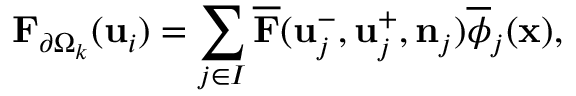
\mathbf { F } _ { \partial \Omega _ { k } } ( \mathbf { u } _ { i } ) = \sum _ { j \in I } \overline { { \mathbf { F } } } ( \mathbf { u } _ { j } ^ { - } , \mathbf { u } _ { j } ^ { + } , \mathbf { n } _ { j } ) \overline { { \phi } } _ { j } ( \mathbf { x } ) ,